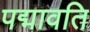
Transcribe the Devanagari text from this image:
पद्मावति